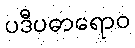
ပဒီပဓာရောဝ